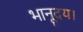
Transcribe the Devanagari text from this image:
भानूदय।